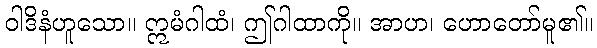
ဝါဒိနံဟူသော။ ဣမံဂါထံ၊ ဤဂါထာကို။ အာဟ၊ ဟောတော်မူ၏။